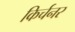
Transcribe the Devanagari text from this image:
किर्चनर